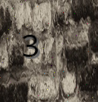
3